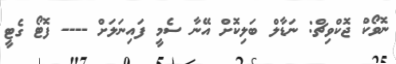
ނޮވޯކް ޖޮކްވިޗް: ނަޑާލް ބަލިކޮށް އޭނާ ސެމީ ފައިނަލަށް ---- ފޮޓޯ ގެޓީ